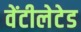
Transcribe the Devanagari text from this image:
वेंटीलेटेड